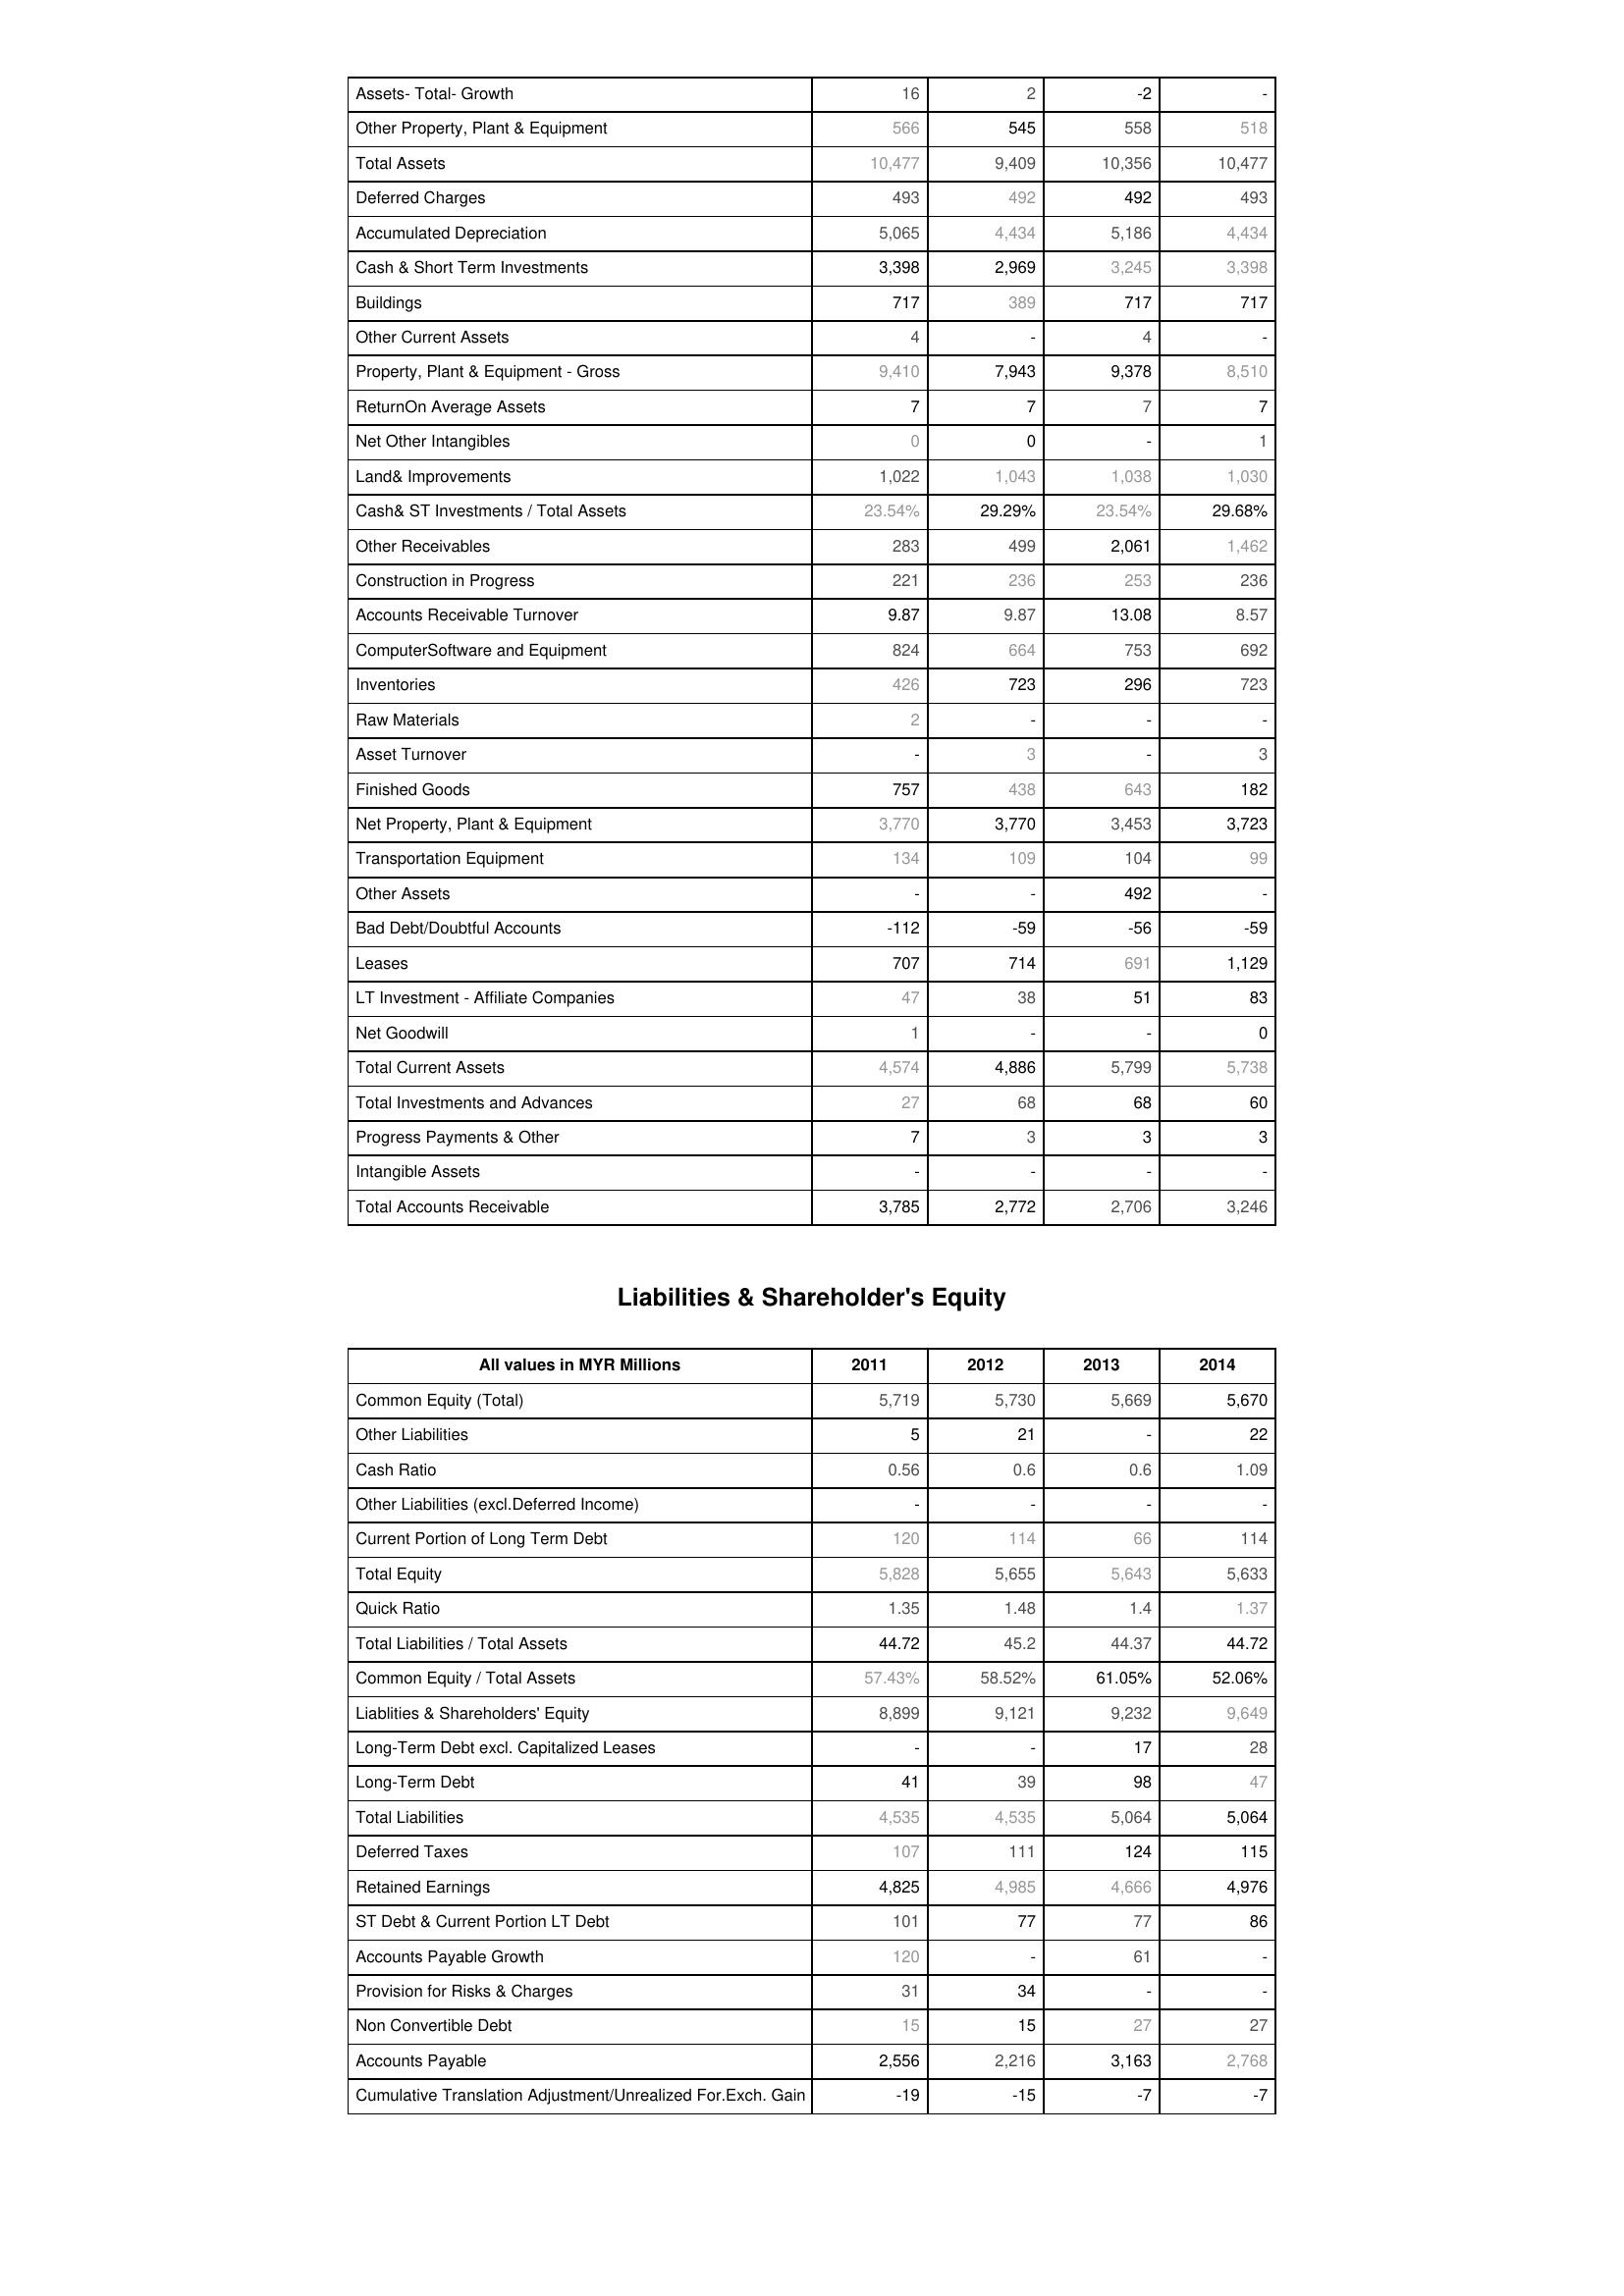
2011: Assets: Assets- Total- Growth: 16
Other Property, Plant & Equipment: 566
Total Assets: 10,477
Deferred Charges: 493
Accumulated Depreciation: 5,065
Cash & Short Term Investments: 3,398
Buildings: 717
Other Current Assets: 4
Property, Plant & Equipment - Gross : 9,410
ReturnOn Average Assets: 7
Net Other Intangibles: 0
Land& Improvements: 1,022
Cash& ST Investments / Total Assets: 23.54%
Other Receivables: 283
Construction in Progress: 221
Accounts Receivable Turnover: 9.87
ComputerSoftware and Equipment: 824
Inventories: 426
Raw Materials: 2
Asset Turnover: -
Finished Goods: 757
Net Property, Plant & Equipment: 3,770
Transportation Equipment: 134
Other Assets: -
Bad Debt/Doubtful Accounts: -112
Leases: 707
LT Investment - Affiliate Companies: 47
Net Goodwill: 1
Total Current Assets: 4,574
Total Investments and Advances: 27
Progress Payments & Other: 7
Intangible Assets: -
Total Accounts Receivable: 3,785
Liabilities & Shareholder's Equity: Common Equity (Total): 5,719
Other Liabilities: 5
Cash Ratio: 0.56
Other Liabilities (excl.Deferred Income): -
Current Portion of Long Term Debt: 120
Total Equity: 5,828
Quick Ratio: 1.35
Total Liabilities / Total Assets: 44.72
Common Equity / Total Assets: 57.43%
Liablities & Shareholders' Equity: 8,899
Long-Term Debt excl. Capitalized Leases: -
Long-Term Debt: 41
Total Liabilities: 4,535
Deferred Taxes: 107
Retained Earnings: 4,825
ST Debt & Current Portion LT Debt: 101
Accounts Payable Growth: 120
Provision for Risks & Charges: 31
Non Convertible Debt: 15
Accounts Payable: 2,556
Cumulative Translation Adjustment/Unrealized For.Exch. Gain: -19
2012: Assets: Assets- Total- Growth: 2
Other Property, Plant & Equipment: 545
Total Assets: 9,409
Deferred Charges: 492
Accumulated Depreciation: 4,434
Cash & Short Term Investments: 2,969
Buildings: 389
Other Current Assets: -
Property, Plant & Equipment - Gross : 7,943
ReturnOn Average Assets: 7
Net Other Intangibles: 0
Land& Improvements: 1,043
Cash& ST Investments / Total Assets: 29.29%
Other Receivables: 499
Construction in Progress: 236
Accounts Receivable Turnover: 9.87
ComputerSoftware and Equipment: 664
Inventories: 723
Raw Materials: -
Asset Turnover: 3
Finished Goods: 438
Net Property, Plant & Equipment: 3,770
Transportation Equipment: 109
Other Assets: -
Bad Debt/Doubtful Accounts: -59
Leases: 714
LT Investment - Affiliate Companies: 38
Net Goodwill: -
Total Current Assets: 4,886
Total Investments and Advances: 68
Progress Payments & Other: 3
Intangible Assets: -
Total Accounts Receivable: 2,772
Liabilities & Shareholder's Equity: Common Equity (Total): 5,730
Other Liabilities: 21
Cash Ratio: 0.6
Other Liabilities (excl.Deferred Income): -
Current Portion of Long Term Debt: 114
Total Equity: 5,655
Quick Ratio: 1.48
Total Liabilities / Total Assets: 45.2
Common Equity / Total Assets: 58.52%
Liablities & Shareholders' Equity: 9,121
Long-Term Debt excl. Capitalized Leases: -
Long-Term Debt: 39
Total Liabilities: 4,535
Deferred Taxes: 111
Retained Earnings: 4,985
ST Debt & Current Portion LT Debt: 77
Accounts Payable Growth: -
Provision for Risks & Charges: 34
Non Convertible Debt: 15
Accounts Payable: 2,216
Cumulative Translation Adjustment/Unrealized For.Exch. Gain: -15
2013: Assets: Assets- Total- Growth: -2
Other Property, Plant & Equipment: 558
Total Assets: 10,356
Deferred Charges: 492
Accumulated Depreciation: 5,186
Cash & Short Term Investments: 3,245
Buildings: 717
Other Current Assets: 4
Property, Plant & Equipment - Gross : 9,378
ReturnOn Average Assets: 7
Net Other Intangibles: -
Land& Improvements: 1,038
Cash& ST Investments / Total Assets: 23.54%
Other Receivables: 2,061
Construction in Progress: 253
Accounts Receivable Turnover: 13.08
ComputerSoftware and Equipment: 753
Inventories: 296
Raw Materials: -
Asset Turnover: -
Finished Goods: 643
Net Property, Plant & Equipment: 3,453
Transportation Equipment: 104
Other Assets: 492
Bad Debt/Doubtful Accounts: -56
Leases: 691
LT Investment - Affiliate Companies: 51
Net Goodwill: -
Total Current Assets: 5,799
Total Investments and Advances: 68
Progress Payments & Other: 3
Intangible Assets: -
Total Accounts Receivable: 2,706
Liabilities & Shareholder's Equity: Common Equity (Total): 5,669
Other Liabilities: -
Cash Ratio: 0.6
Other Liabilities (excl.Deferred Income): -
Current Portion of Long Term Debt: 66
Total Equity: 5,643
Quick Ratio: 1.4
Total Liabilities / Total Assets: 44.37
Common Equity / Total Assets: 61.05%
Liablities & Shareholders' Equity: 9,232
Long-Term Debt excl. Capitalized Leases: 17
Long-Term Debt: 98
Total Liabilities: 5,064
Deferred Taxes: 124
Retained Earnings: 4,666
ST Debt & Current Portion LT Debt: 77
Accounts Payable Growth: 61
Provision for Risks & Charges: -
Non Convertible Debt: 27
Accounts Payable: 3,163
Cumulative Translation Adjustment/Unrealized For.Exch. Gain: -7
2014: Assets: Assets- Total- Growth: -
Other Property, Plant & Equipment: 518
Total Assets: 10,477
Deferred Charges: 493
Accumulated Depreciation: 4,434
Cash & Short Term Investments: 3,398
Buildings: 717
Other Current Assets: -
Property, Plant & Equipment - Gross : 8,510
ReturnOn Average Assets: 7
Net Other Intangibles: 1
Land& Improvements: 1,030
Cash& ST Investments / Total Assets: 29.68%
Other Receivables: 1,462
Construction in Progress: 236
Accounts Receivable Turnover: 8.57
ComputerSoftware and Equipment: 692
Inventories: 723
Raw Materials: -
Asset Turnover: 3
Finished Goods: 182
Net Property, Plant & Equipment: 3,723
Transportation Equipment: 99
Other Assets: -
Bad Debt/Doubtful Accounts: -59
Leases: 1,129
LT Investment - Affiliate Companies: 83
Net Goodwill: 0
Total Current Assets: 5,738
Total Investments and Advances: 60
Progress Payments & Other: 3
Intangible Assets: -
Total Accounts Receivable: 3,246
Liabilities & Shareholder's Equity: Common Equity (Total): 5,670
Other Liabilities: 22
Cash Ratio: 1.09
Other Liabilities (excl.Deferred Income): -
Current Portion of Long Term Debt: 114
Total Equity: 5,633
Quick Ratio: 1.37
Total Liabilities / Total Assets: 44.72
Common Equity / Total Assets: 52.06%
Liablities & Shareholders' Equity: 9,649
Long-Term Debt excl. Capitalized Leases: 28
Long-Term Debt: 47
Total Liabilities: 5,064
Deferred Taxes: 115
Retained Earnings: 4,976
ST Debt & Current Portion LT Debt: 86
Accounts Payable Growth: -
Provision for Risks & Charges: -
Non Convertible Debt: 27
Accounts Payable: 2,768
Cumulative Translation Adjustment/Unrealized For.Exch. Gain: -7